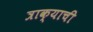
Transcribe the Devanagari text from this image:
त्राक्याची